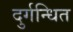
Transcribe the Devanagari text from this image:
दुर्गन्धित